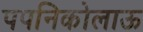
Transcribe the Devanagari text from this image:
पपनिकोलाऊ